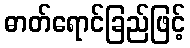
ဓာတ်ရောင်ခြည်ဖြင့်